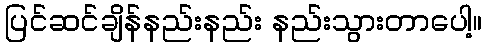
ပြင်ဆင်ချိန်နည်းနည်း နည်းသွားတာပေါ့။